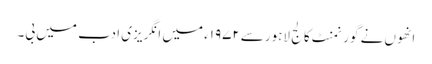
انھوں نے گورنمنٹ کالج لاہورسے۱۹۷۲ء میں انگریزی ادب میں بی۔